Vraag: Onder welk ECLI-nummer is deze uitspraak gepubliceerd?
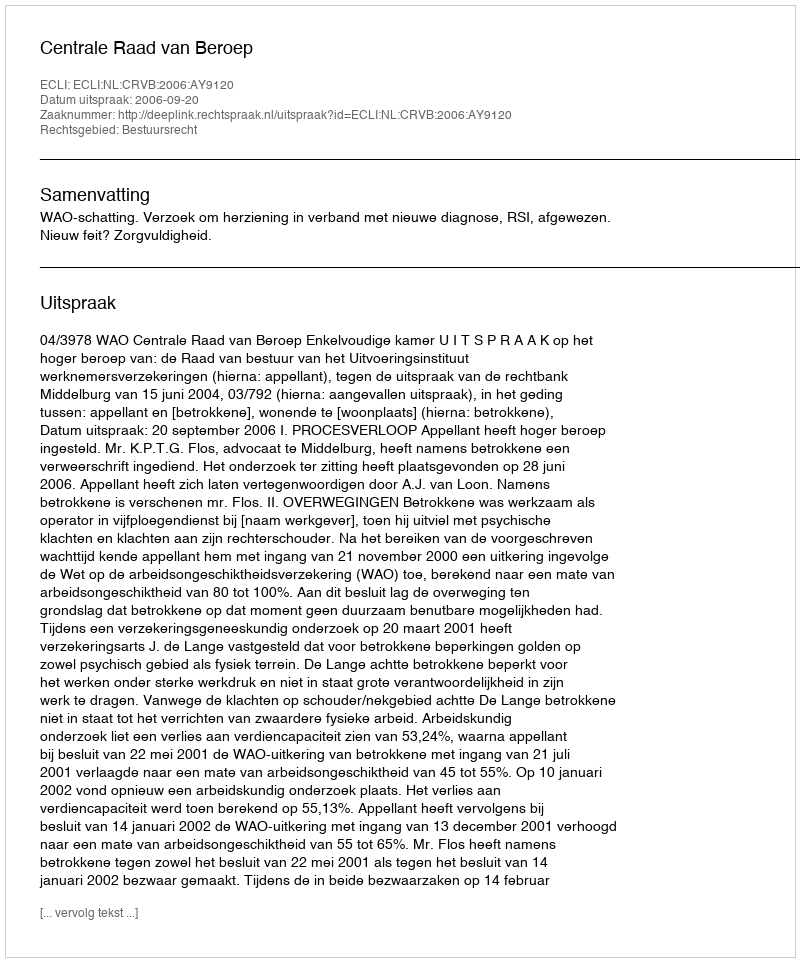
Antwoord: ECLI:NL:CRVB:2006:AY9120